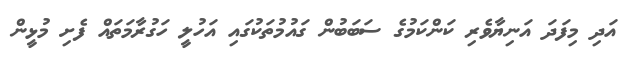
އަދި މިފަދަ އަނިޔާވެރި ކަންކަމުގެ ސަބަބުން ގައުމުތަކުގައި އަހުލީ ހަގުރާމަތައް ފެށި މުޅީން